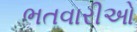
ભતવારીઓ